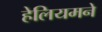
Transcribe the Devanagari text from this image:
हेलियमने